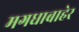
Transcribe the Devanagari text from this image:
मगधाबाहेर